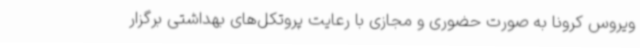
ویروس کرونا به صورت حضوری و مجازی با رعایت پروتکل‌های بهداشتی برگزار